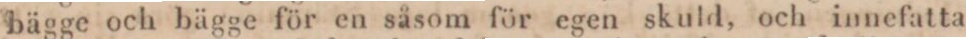
bägge och bägge för en såsom för egen skuld, och innefatta